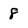
Character: 8